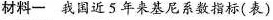
材料一 我国近5年来基尼系数指标(表)